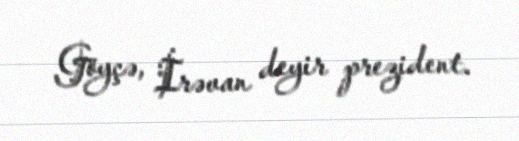
Göyçə, İrəvan deyir prezident.